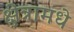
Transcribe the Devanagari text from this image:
क्षेत्रामधे